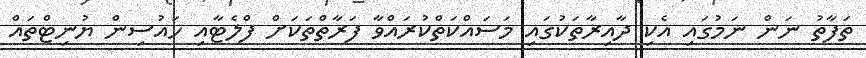
ތަފާތު ނަން ނަމުގައި އެކި ދާއިރާތަކުގައި މަސައްކަތްކުރައްވާ ފަރާތްތަކަށް ފްލެޓާއި ހައުސިން ޔުނިޓްތައް